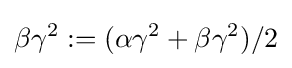
\beta \gamma ^{2}:=(\alpha \gamma ^{2}+\beta \gamma ^{2})/2